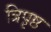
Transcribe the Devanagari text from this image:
त्रिपृष्ठ